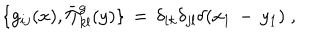
\{ g _ { i j } ( x ) , \bar { \Pi } _ { k l } ^ { g } ( y ) \} \, = \, \delta _ { i k } \delta _ { j l } \delta ( x _ { 1 } \, - \, y _ { 1 } ) \; ,